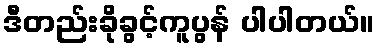
ဒီတည်းခိုခွင့်ကူပွန် ပါပါတယ်။